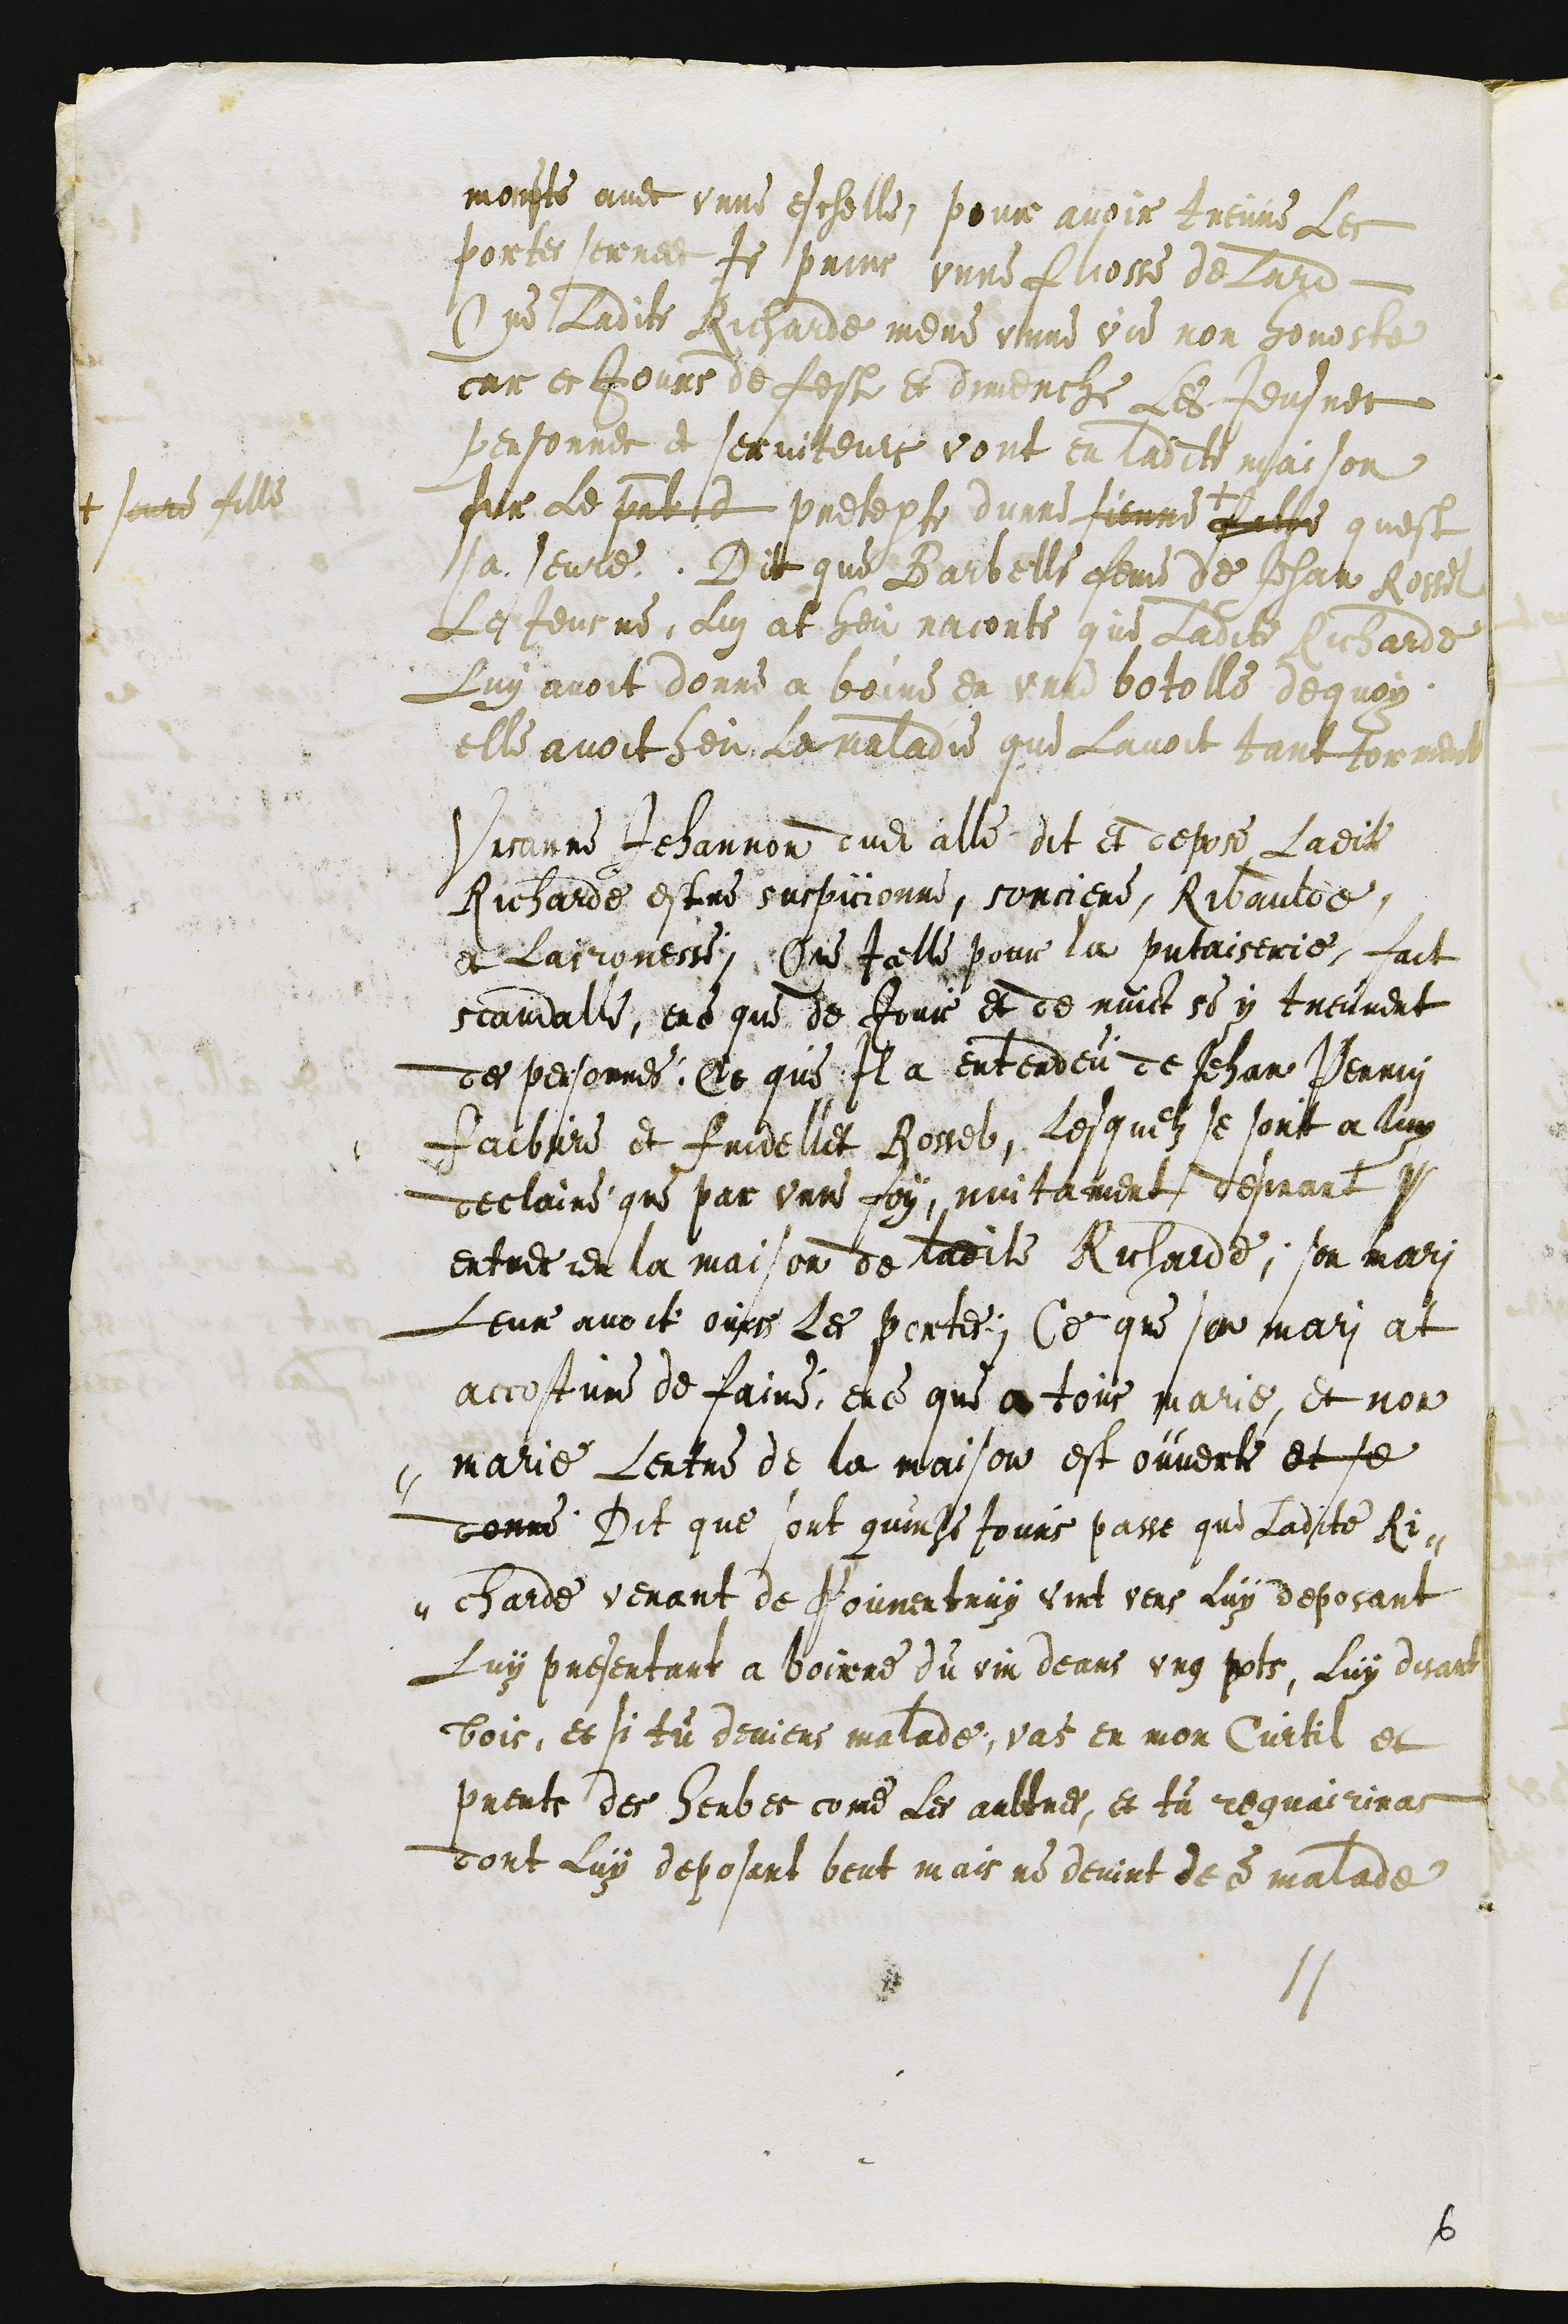
monste avec unne eschelle pour avoir treuve Les
portes serrees Je prins unne fliosse de Lard
Que Ladite Richarde mene unne vie non honeste
car es Jours de feste et dimenche Les Jeusnes
personnes et serviteurs vont en ladite maison
sur Le present d pretexte dunne sienne + fille
+ seure fille
quest
sa seure. Dit que Barbelle feme de Jehan Rossel
Le Jeusne, lui at heu raconte que Ladite Richarde
Luy avoit donne a boire en unne botelle dequoy
elle avoit heu la maladie que Lavoit tant tormente
Vrsanne Jehannon dudit alle dit et depose Ladite
Richarde estre suspicionne sorciere, Ribaulde
et Laironesse Que Icelle pour la putaiserie, fait
scandalle, en ce que de Jour et de nuict se y treuvent
des personnes. Et que Il a entendeu de Jehan Perrin
Faibvre et Fridellet Rossel, lesquelz se sont a luy
declaire que par unne foy, nuitament desirant s
entrer en la maison de ladite Richarde, son mari
Leur avoit ovris les portes. Ce que son mari at
accostume de faire, ence que a tous marie et non
marie Lentre de la maison est ouverte et se
donne. Dit que sont quinze Jours passe que Ladite Ri-
-charde venant de Pourentruy vint vers luy deposant
Luy presentant a boirre du vin deans ung pots, Luy disant
bois, et si tu deviens malade, vas en mon Curtil et
prents des herbes come Les aultres, et tu reguairiras
dont luy deposant beut mais ne devint de ce malade